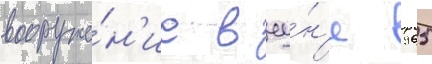
вооруже́н'ие в иу́н'е 1965